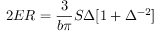
2 E R = \frac { 3 } { b \pi } S \Delta [ 1 + \Delta ^ { - 2 } ]